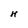
Character: H